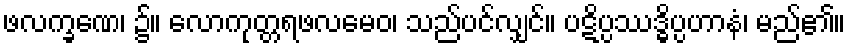
ဖလက္ခဏေ၊ ၌။ လောကုတ္တရဖလမေဝ၊ သည်ပင်လျှင်။ ပဋိပ္ပဿဒ္ဓိပ္ပဟာနံ၊ မည်၏။